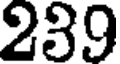
239